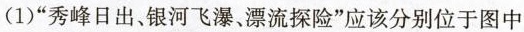
(1)“秀峰日出、银河飞瀑、漂流探险”应该分别位于图中